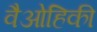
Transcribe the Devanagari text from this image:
वैओहिकी